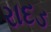
રાદડ